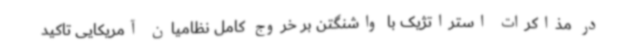
در مذاکرات استراتژیک با واشنگتن بر خروج کامل نظامیان آمریکایی تاکید